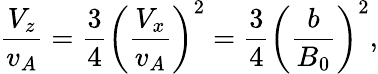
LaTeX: \frac{V_{z}}{v_{A}}=\frac{3}{4}\left(\frac{V_{x}}{v_{A}}\right)^{2}=\frac{3}{4}\left(\frac{b}{B_{0}}\right)^{2},